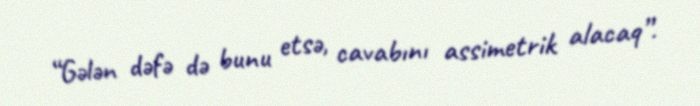
“Gələn dəfə də bunu etsə, cavabını assimetrik alacaq”.